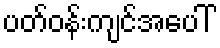
ပတ်ဝန်းကျင်အပေါ်